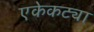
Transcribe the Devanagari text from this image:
एकेकट्या